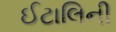
ઈટાલિની